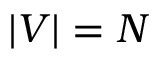
| V | = N